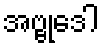
အဗ္ဗုဒေါ